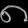
Digit: ၈